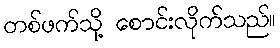
တစ်ဖက်သို့ စောင်းလိုက်သည်။